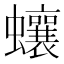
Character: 蠰